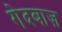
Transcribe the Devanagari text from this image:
गेदबाज़